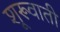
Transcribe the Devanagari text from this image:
शूरूवाती